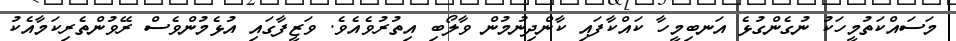
މަސައްކަތުމީހަކު ނުގެންގުޅެ އަނބިމީހާ ކައްކާފައި ކާންދިނުމުން ވާލޯބި އިތުރުވެއެވެ. ވަޒީފާގައި އުޅެމުންވެސް ރޭވުންތެރިކަމާއެކު